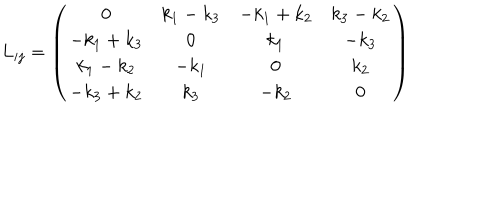
LaTeX: L _ { i j } = \left( \begin{array} { c c c c } { { 0 } } & { { k _ { 1 } - k _ { 3 } } } & { { - k _ { 1 } + k _ { 2 } } } & { { k _ { 3 } - k _ { 2 } } } \\ { { - k _ { 1 } + k _ { 3 } } } & { { 0 } } & { { k _ { 1 } } } & { { - k _ { 3 } } } \\ { { k _ { 1 } - k _ { 2 } } } & { { - k _ { 1 } } } & { { 0 } } & { { k _ { 2 } } } \\ { { - k _ { 3 } + k _ { 2 } } } & { { k _ { 3 } } } & { { - k _ { 2 } } } & { { 0 } } \\ \end{array} \right)